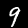
Label: 9